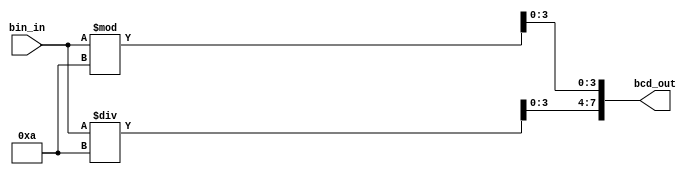
// This program was cloned from: https://github.com/FPGADude/Digital-Design
// License: GNU General Public License v3.0

module bin2bcd(
	input  [7:0] bin_in,
	output [7:0] bcd_out
);

	reg [3:0] tens, ones;

	always @(*) begin
		tens = bin_in / 10;
		ones = bin_in % 10;
	end

	assign bcd_out = {tens, ones};

endmodule